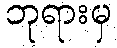
ဘုရားမှ